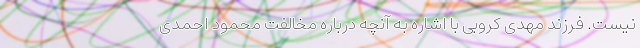
نیست. فرزند مهدی کروبی با اشاره به آنچه درباره مخالفت محمود احمدی